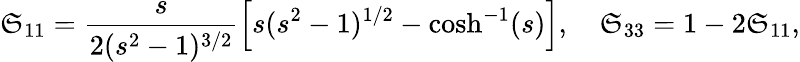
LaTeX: \mathfrak{S}_{11}=\frac{{s}}{{2(s^{2}-1)^{3/2}}}\left[s(s^{2}-1)^{1/2}-\cosh^{-1}(s)\right],\quad\mathfrak{S}_{33}=1-2\mathfrak{S}_{11},